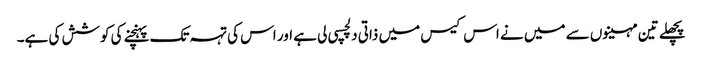
پچھلے تین مہینوں سے میں نے اس کیس میں ذاتی دلچسپی لی ہے اور اس کی تہہ تک پہنچنے کی کوشش کی ہے۔